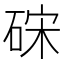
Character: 𥒬